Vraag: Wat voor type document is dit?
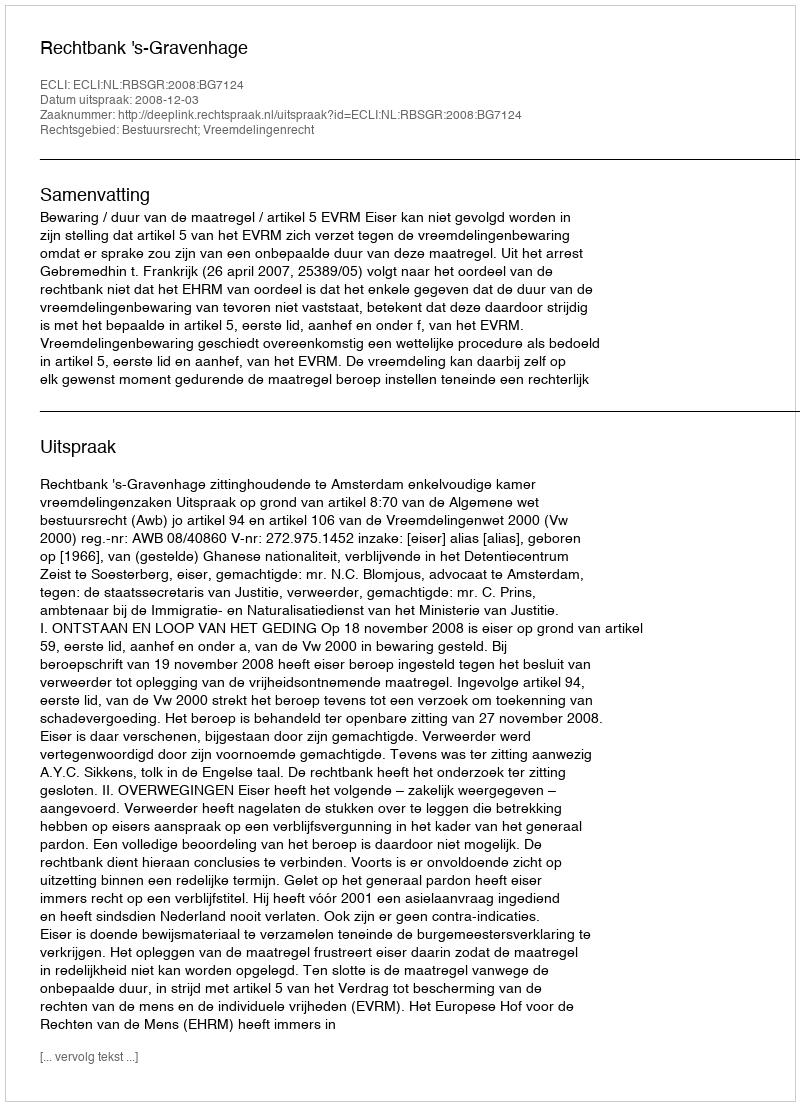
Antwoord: Uitspraak